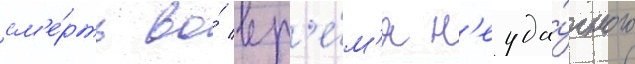
см'е́рть во́ вр'е́м'я н'еуда́чного